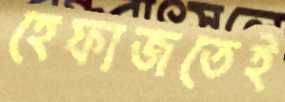
হেফাজতেই